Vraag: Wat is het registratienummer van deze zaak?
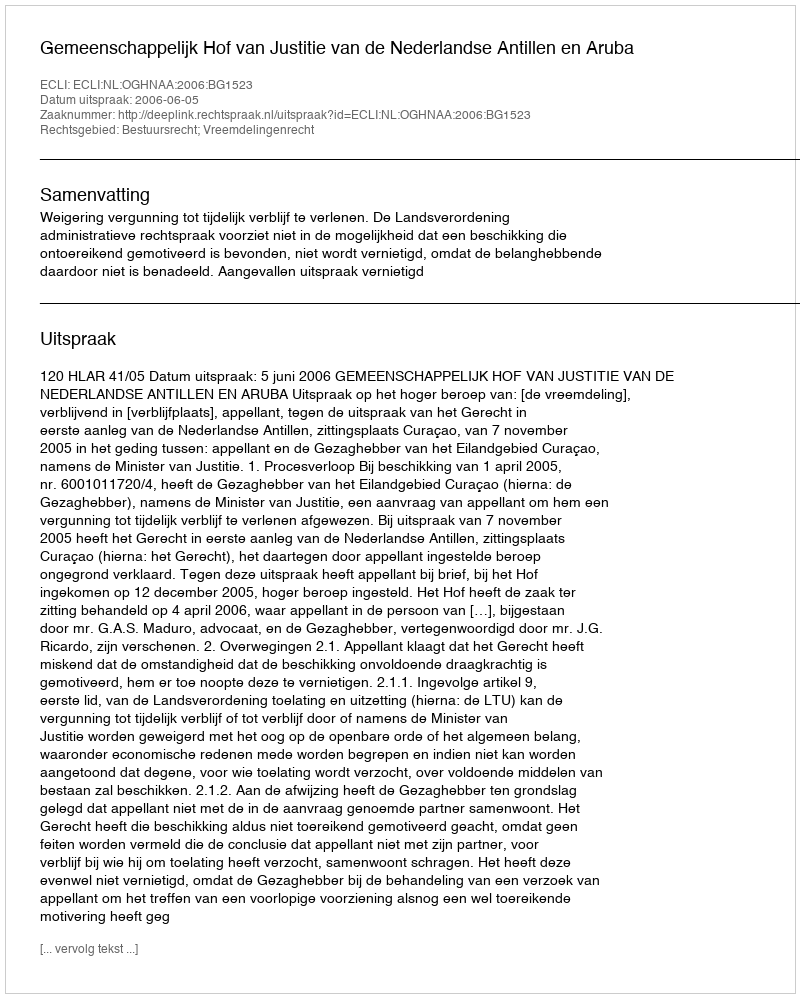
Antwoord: http://deeplink.rechtspraak.nl/uitspraak?id=ECLI:NL:OGHNAA:2006:BG1523